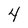
Character: 4